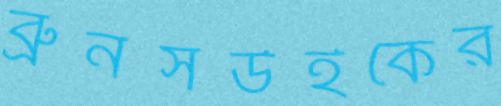
ব্রুনসউইকের